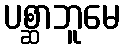
ပစ္ဆာဘူမေ